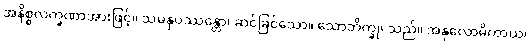
အနိစ္စလက္ခဏာအားဖြင့်။ သမနုပဿန္တော၊ ဆင်ခြင်သော။ သောဘိက္ခု၊ သည်။ အနုလောမိကာယ၊